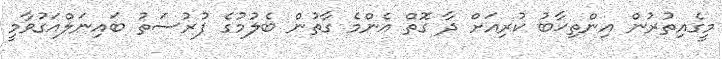
މީގެއިތުރުން އިންތިޚާބު ކުރިއަށް ދާ ގޮތް އެންމެ ގާތުން ބެލުމުގެ ފުރުސަތު ބައިނަލްއަގުވާމީ